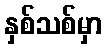
နှစ်သစ်မှာ